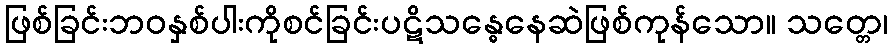
ဖြစ်ခြင်းဘဝနှစ်ပါးကိုစင်ခြင်းပဋိသန္ဓေနေဆဲဖြစ်ကုန်သော။ သတ္တေ၊